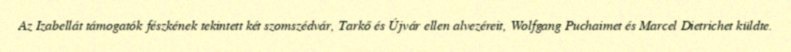
Az Izabellát támogatók fészkének tekintett két szomszédvár, Tarkő és Újvár ellen alvezéreit, Wolfgang Puchaimet és Marcel Dietrichet küldte.